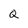
Character: Q